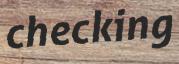
checking